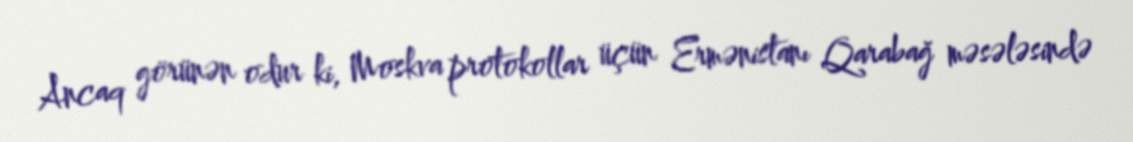
Ancaq görünən odur ki, Moskva protokollar üçün Ermənistanı Qarabağ məsələsində